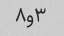
۳و۸